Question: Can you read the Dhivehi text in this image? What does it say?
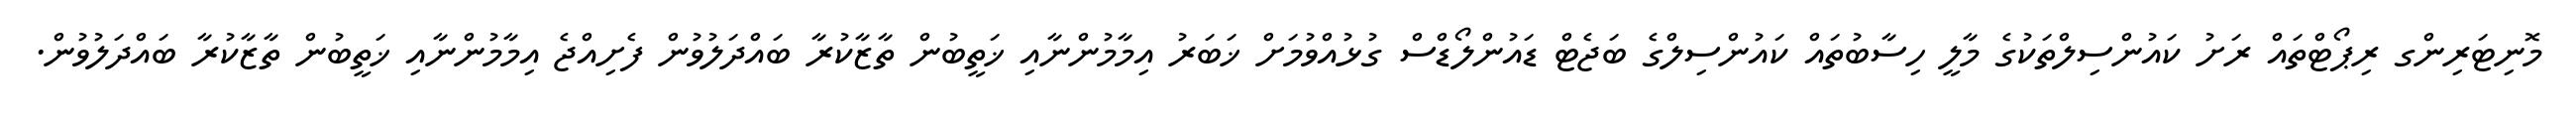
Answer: މޮނިޓަރިންގ ރިޕޯޓްތައް ރަށު ކައުންސިލްތަކުގެ މާލީ ހިސާބުތައް ކައުންސިލްގެ ބަޖެޓް ޑައުންލޯޑްސް ގުޅުއްވުމަށް ޚަބަރު އިމާމުންނާއި ޚަތީބުން ތާޒާކުރާ ބައްދަލުވުން ފެށިއްޖެ އިމާމުންނާއި ޚަތީބުން ތާޒާކުރާ ބައްދަލުވުން.